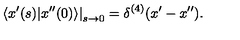
\left. \langle x ^ { \prime } ( s ) | x ^ { \prime \prime } ( 0 ) \rangle \right| _ { s \rightarrow 0 } = \delta ^ { ( 4 ) } ( x ^ { \prime } - x ^ { \prime \prime } ) .